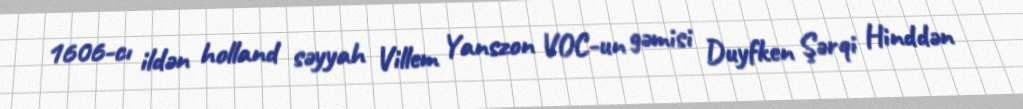
1606-cı ildən holland səyyah Villem Yanszon VOC-un gəmisi Duyfken Şərqi Hinddən